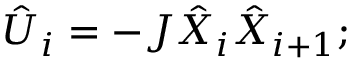
{ \hat { U } } _ { i } = - J { \hat { X } } _ { i } { \hat { X } } _ { i + 1 } ;